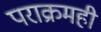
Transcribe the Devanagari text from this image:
पराक्रमही